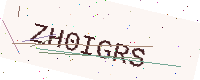
Text: ZH0IGRS